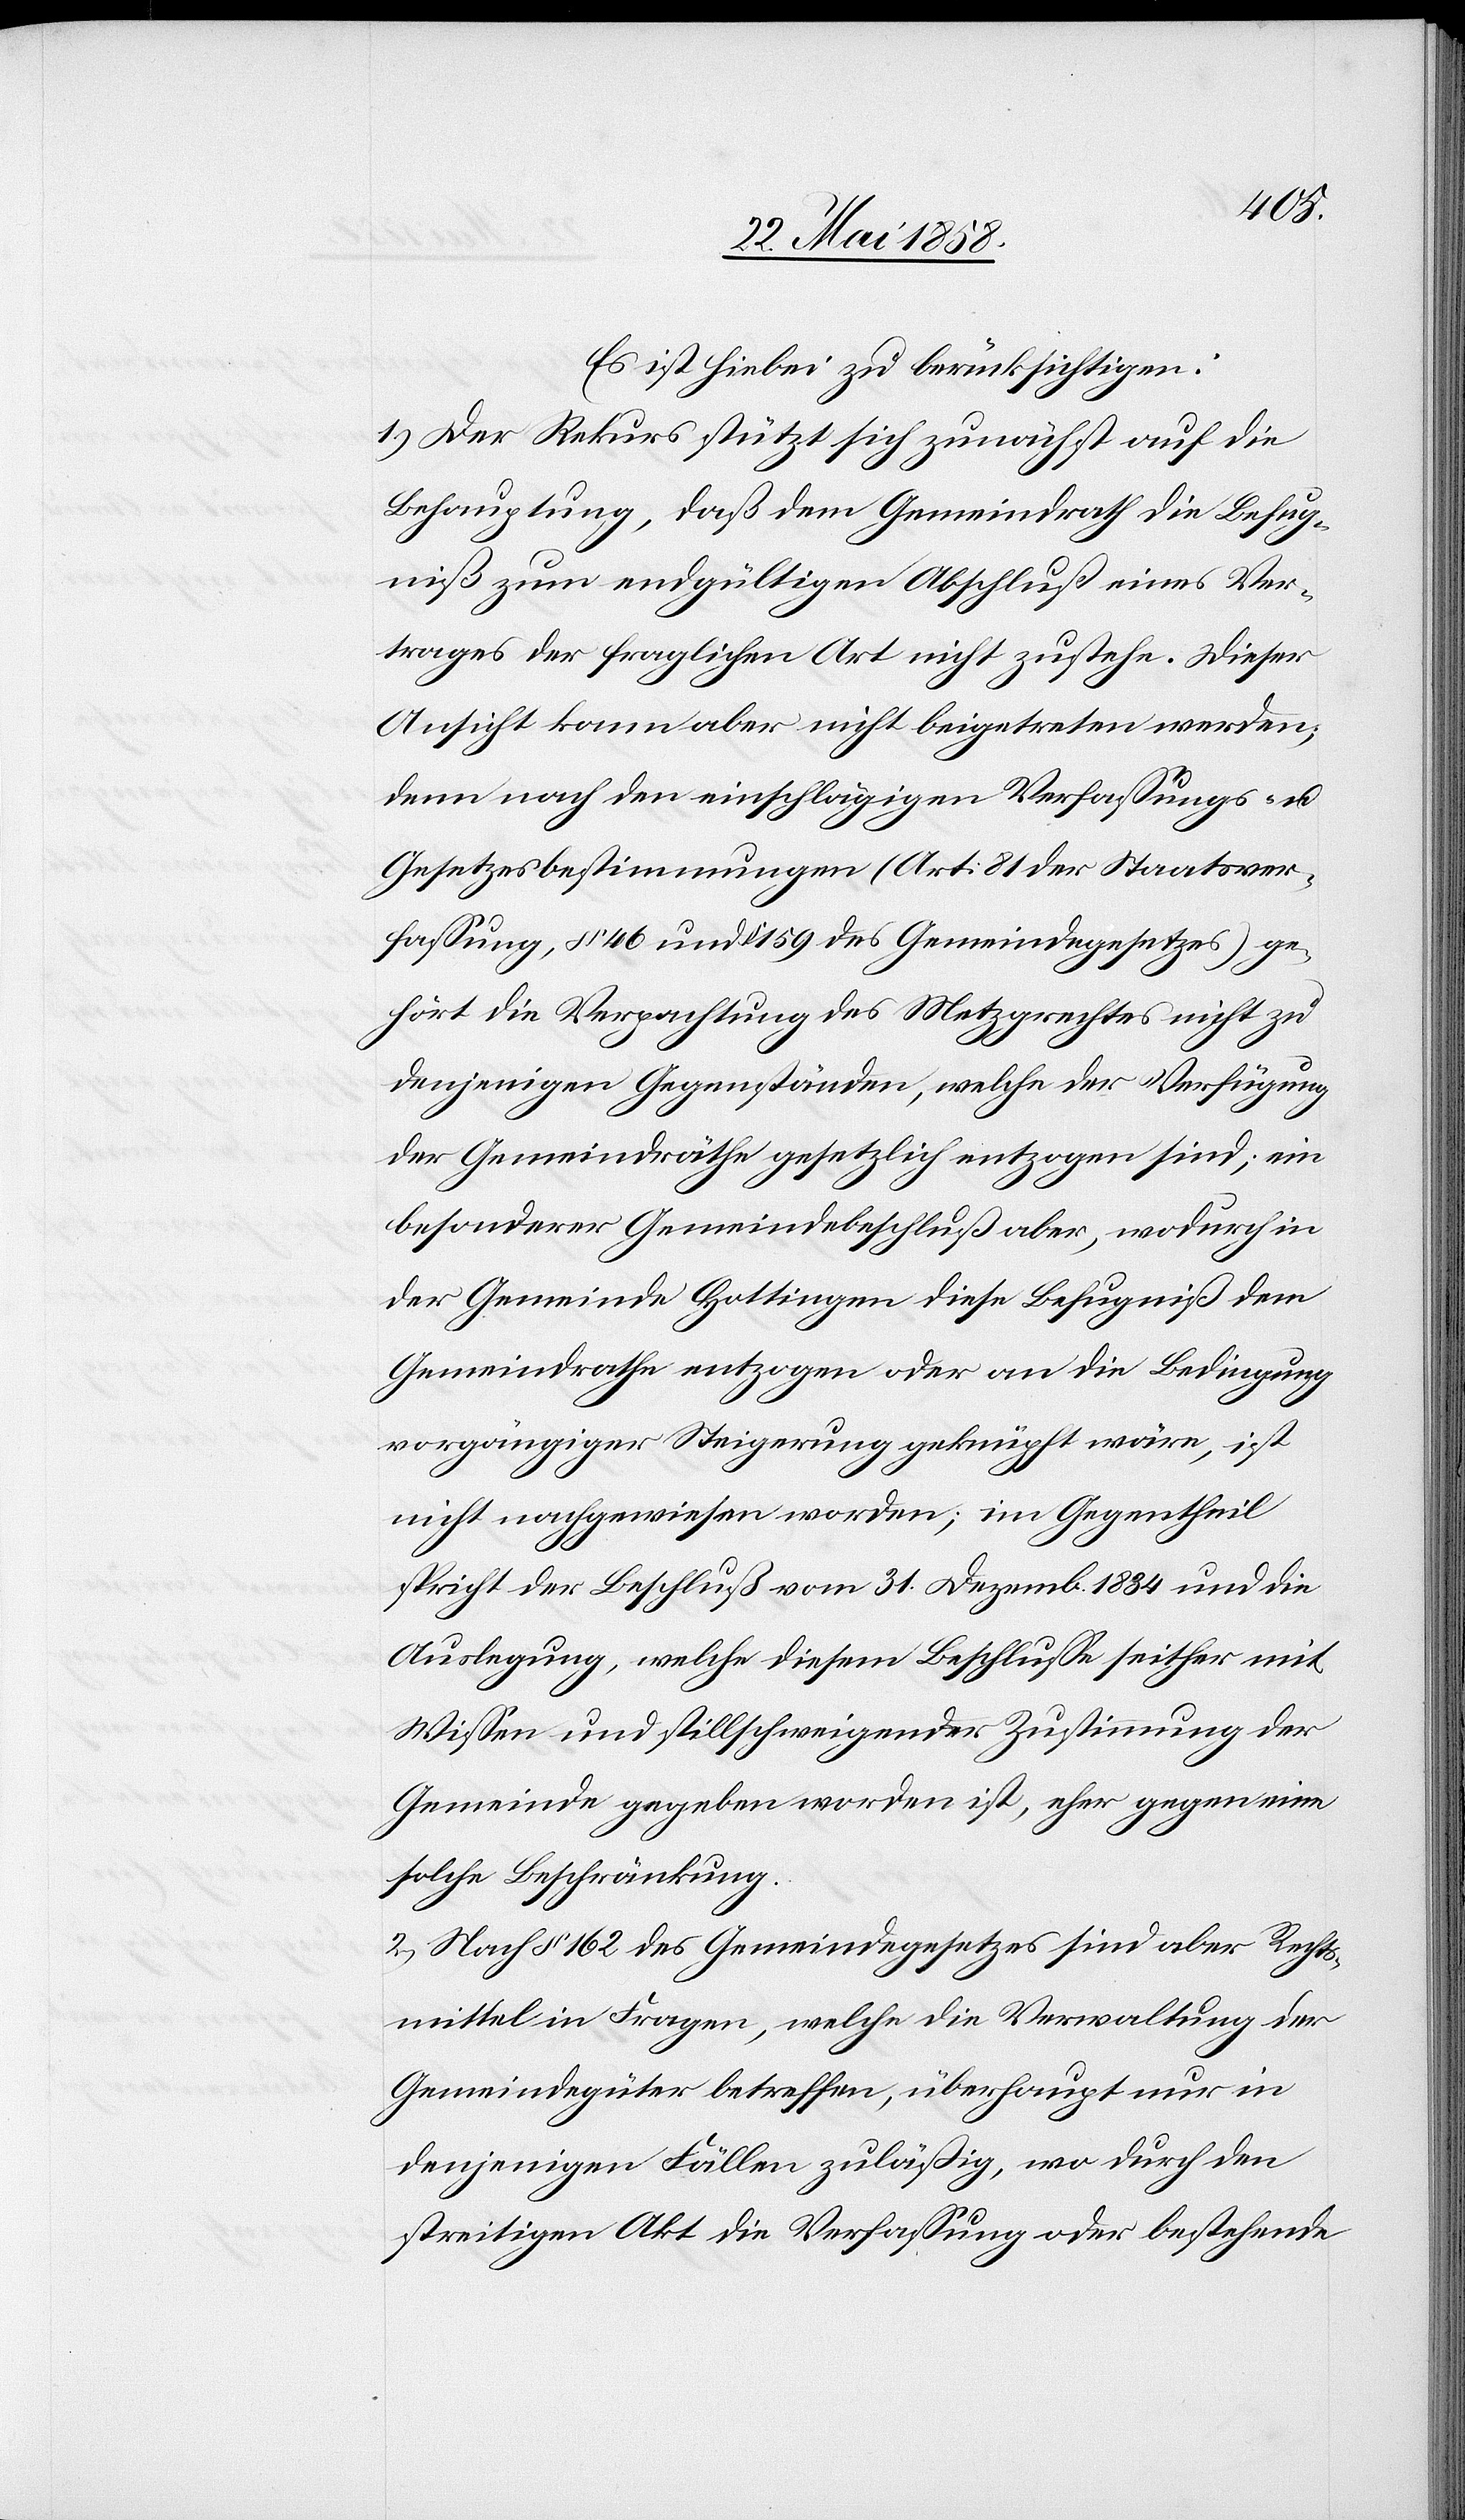
Es ist hiebei zu berücksichtigen:
1. Der Rekurs stützt sich zunächst auf die
Behauptung, daß dem Gemeindrath die Befug¬
niß zum endgültigen Abschluß eines Ver¬
trages der fraglichen Art nicht zustehe. Dieser
Ansicht kann aber nicht beigetreten werden,
denn nach den einschlägigen Verfassungs- u.
Gesetzesbestimmungen (Art. 81 der Staatsver¬
fassung, § 46 und § 159 des Gemeindegesetzes) ge¬
hört die Verpachtung des Metzgrechtes nicht zu
denjenigen Gegenständen, welche der Verfügung
der Gemeindräthe gesetzlich entzogen sind; ein
besonderer Gemeindebeschluß aber, wodurch in
der Gemeinde Hottingen diese Befugniß dem
Gemeindrathe entzogen oder an die Bedingung
vorgängiger Steigerung geknüpft wäre, ist
nicht nachgewiesen worden; im Gegentheil
spricht der Beschluß vom 31. Dezemb. 1834 und die
Auslegung, welche diesem Beschlusse seither mit
Wissen und stillschweigender Zustimmung der
Gemeinde gegeben worden ist, eher gegen eine
solche Beschränkung.
2. Nach § 162 des Gemeindegesetzes sind aber Rechts¬
mittel in Fragen, welche die Verwaltung der
Gemeindgüter betreffen, überhaupt nur in
denjenigen Fällen zuläßig, wo durch den
streitigen Akt die Verfassung oder bestehende